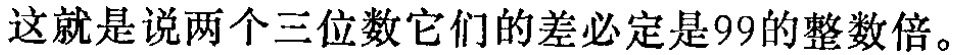
这就是说两个三位数它们的差必定是99的整数倍。